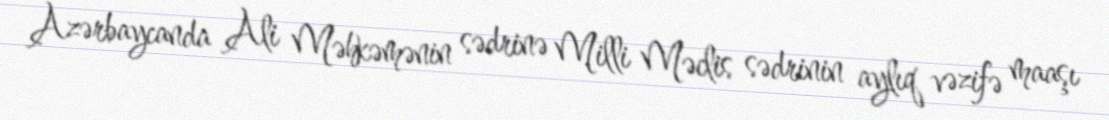
Azərbaycanda Ali Məhkəmənin sədrinə Milli Məclis sədrinin aylıq vəzifə maaşı